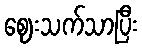
ဈေးသက်သာပြီး